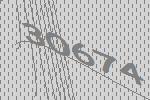
30674